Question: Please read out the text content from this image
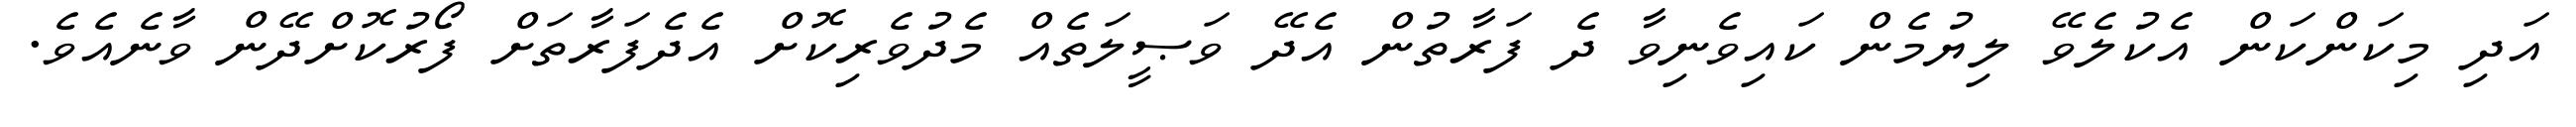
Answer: އަދި މިކަންކަން އެކުލެވޭ ލިޔުމެން ކައިވެނިވާ ދެ ފަރާތުން އެދޭ ވަޞީލަތެއް މެދުވެރިކޮށް އެދެފަރާތަށް ފޯރުކޮށްދޭން ވާނެއެވެ.